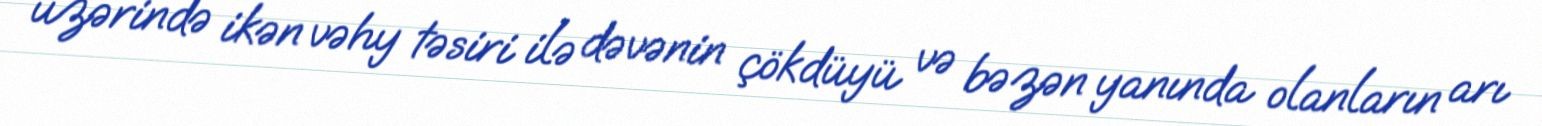
üzərində ikən vəhy təsiri ilə dəvənin çökdüyü və bəzən yanında olanların arı